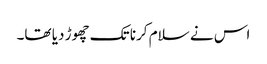
اس نے سلام کرنا تک چھوڑ دیا تھا۔